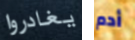
يغادروا أدم